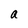
Character: a